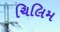
ચિલિમ